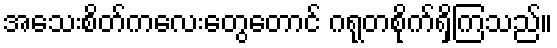
အသေးစိတ်ကလေးတွေတောင် ဂရုတစိုက်ရှိကြသည်။